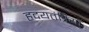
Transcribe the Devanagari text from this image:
हृदयतंत्रियों